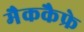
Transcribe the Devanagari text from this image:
मैककैफ्रे